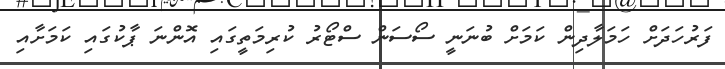
ފަރުހަދަށް ހަމަލާދިން ކަމަށް ބުނަނީ ސޯސަން ސްޓޯރު ކުރިމަތީގައި އޮންނަ ޕާކުގައި ކަމަށާއި